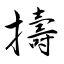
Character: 擣